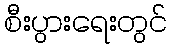
စီးပွားရေးတွင်